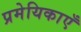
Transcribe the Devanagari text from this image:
प्रमेयिकाएँ